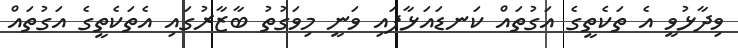
ވިދާޅުވީ އެ ތަކެތީގެ އަގުތައް ކަނޑައަޅާފައި ވަނީ މިވަގުތު ބާޒާރުގައި އެތަކެތީގެ އަގުތައް